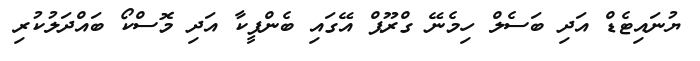
ޔުނައިޓެޑް އަދި ބަސެލް ހިމެނޭ ގްރޫޕް އޭގައި ބެންފީކާ އަދި މޮސްކޯ ބައްދަލުކުރި